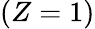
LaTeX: (Z=1)